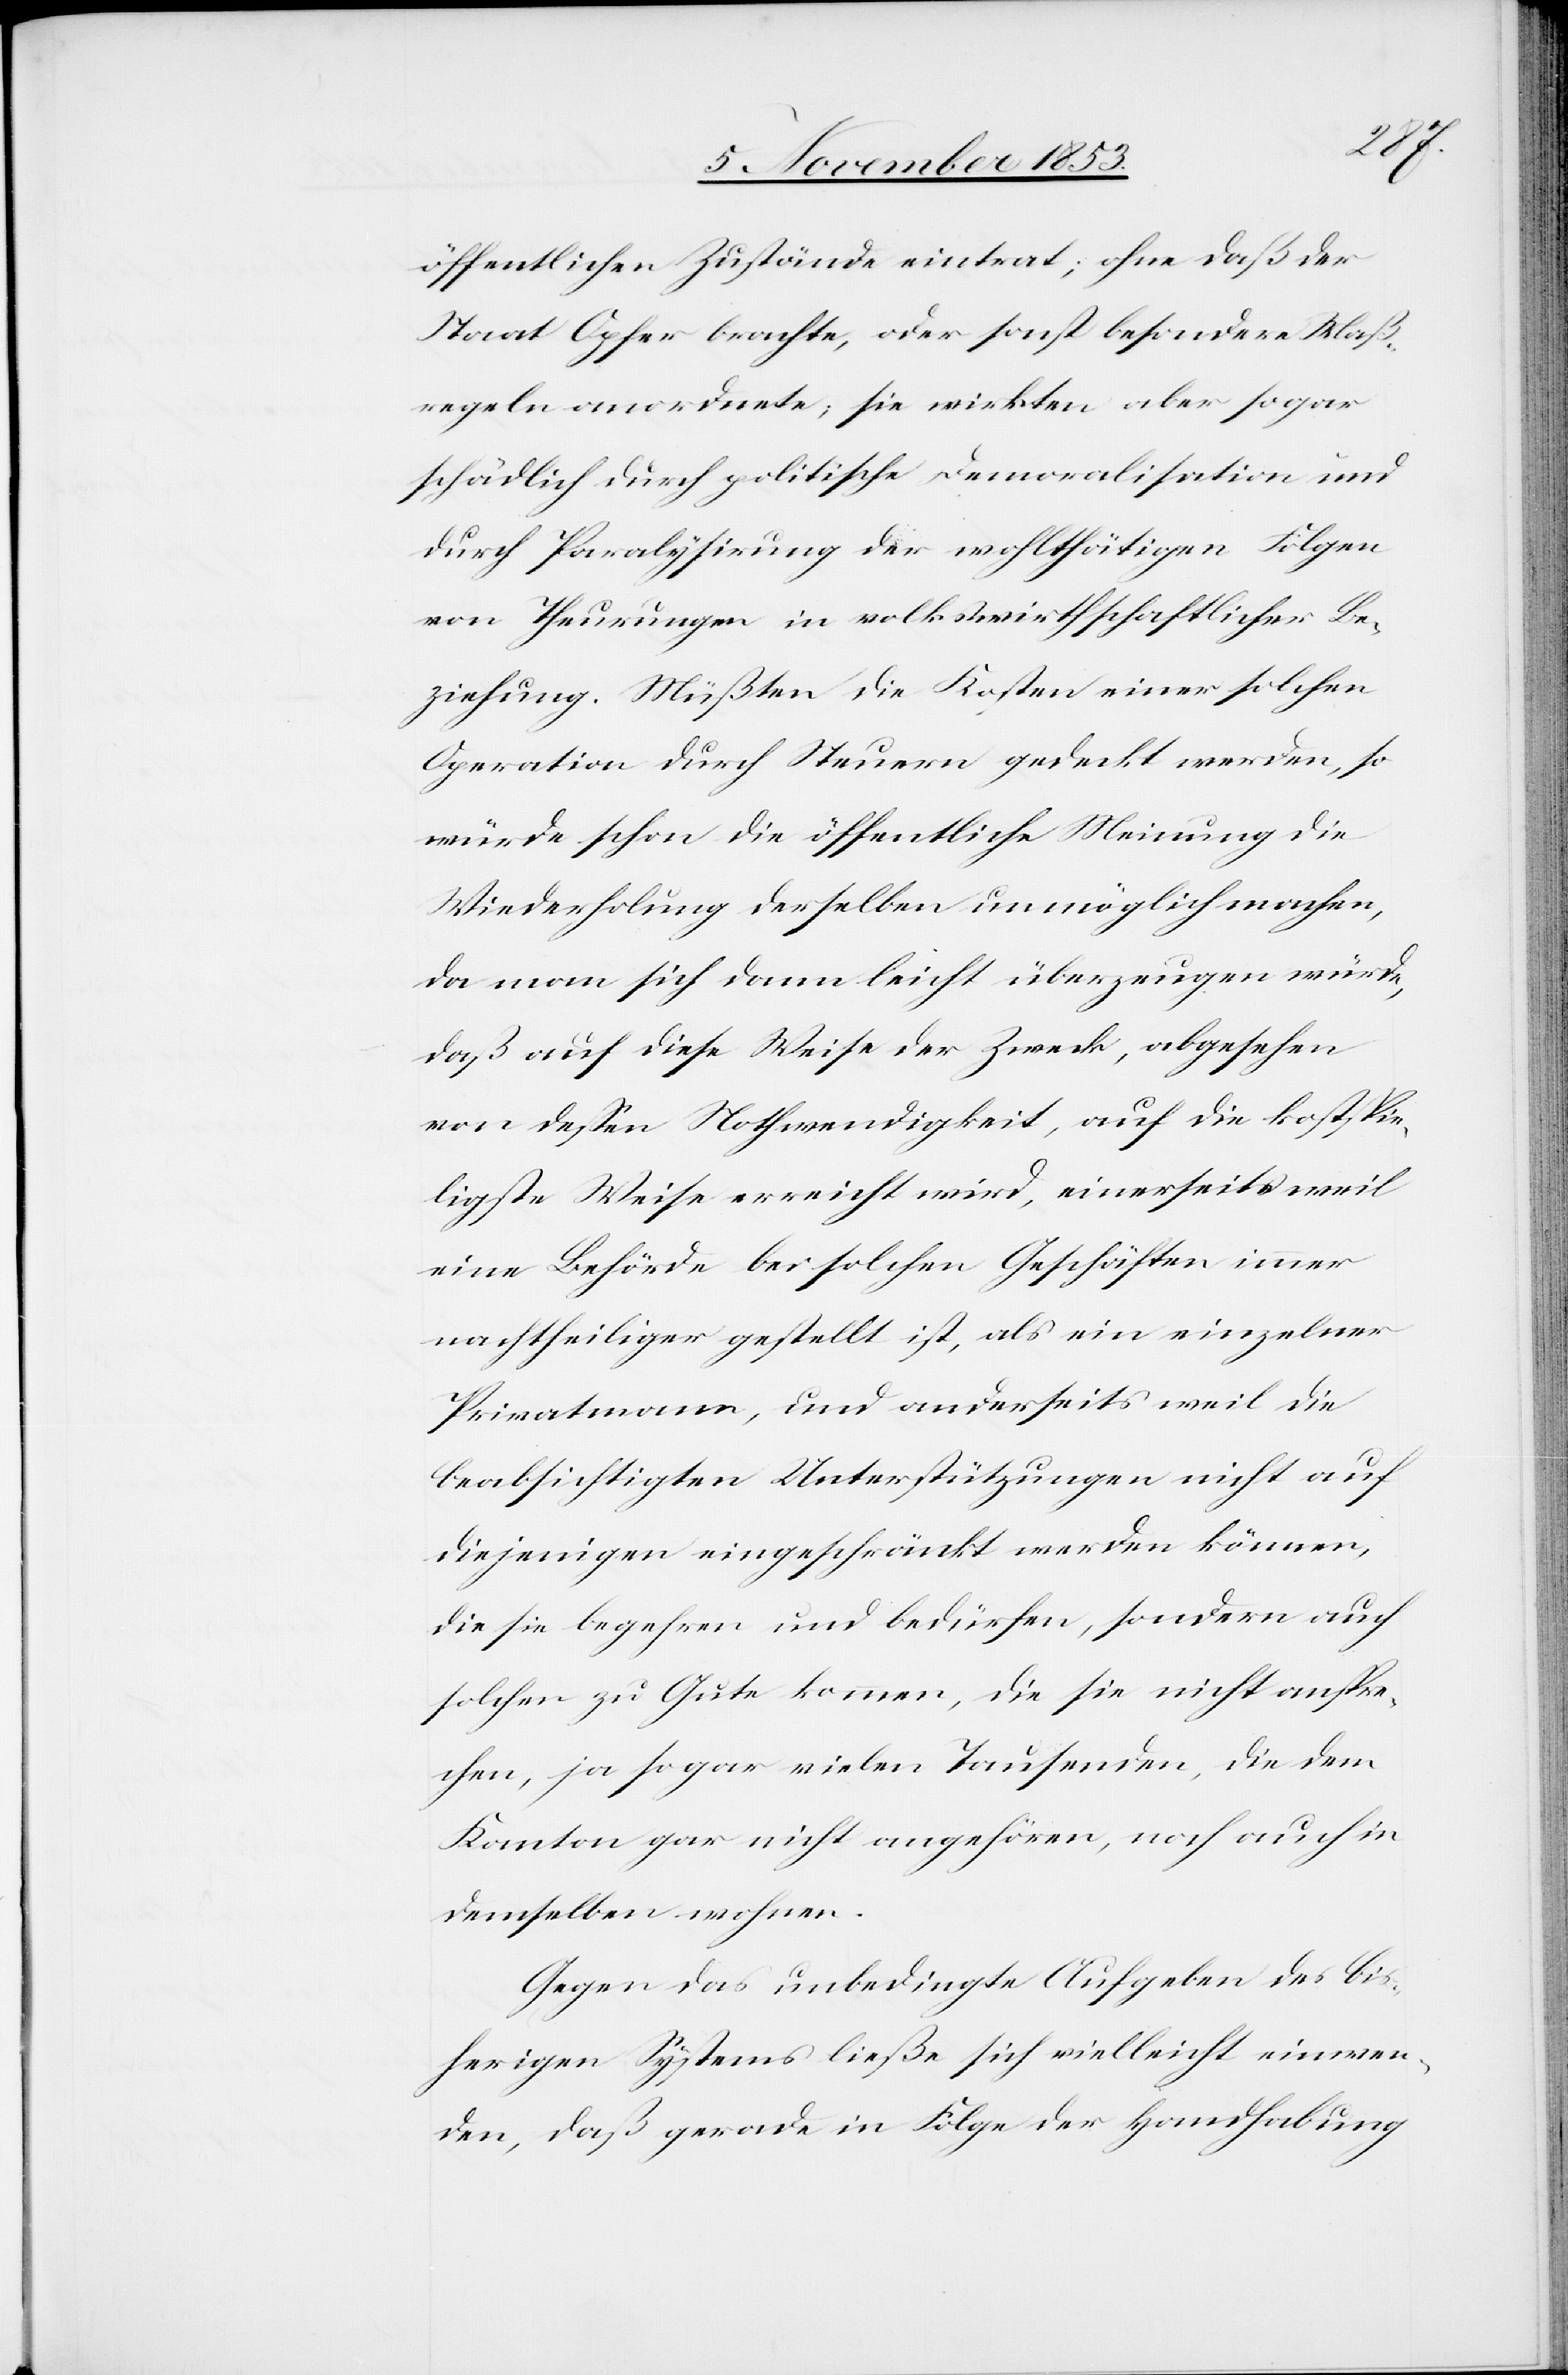
öffentlichen Zustände eintrat; ohne daß der
Staat Opfer brachte, oder sonst besondere Maß¬
regeln anordnete; sie wirkten aber sogar
schädlich durch politische Demoralisation und
durch Paralysirung der wohlthätigen Folgen
von Theurungen in volkswirtschaftlicher Be¬
ziehung. Müßten die Kosten einer solchen
Operation durch Steuern gedeckt werden, so
würde schon die öffentliche Meinung die
Wiederholung derselben unmöglich machen,
da man sich dann leicht überzeugen würde,
daß auf diese Weise der Zweck, abgesehen
von deßen Nothwendigkeit, auf die kostspie¬
ligste Weise erreicht wird, einerseits weil
eine Behörde bei solchen Geschäften immer
nachtheiliger gestellt ist, als ein einzelner
Privatmann, und anderseits weil die
beabsichtigten Unterstützungen nicht auf
diejenigen eingeschränkt werden können,
die sie begehren und bedürfen, sondern auch
solchen zu Gute kommen, die sie nicht anspre¬
chen, ja sogar vielen Tausenden, die dem
Kanton gar nicht angehören, noch auch in
demselben wohnen.
Gegen das unbedingte Aufgeben des bis¬
herigen Systems ließe sich vielleicht einwen¬
den, daß gerade in Folge der Handhabung